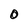
Character: O